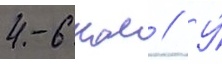
4-6 км // У́